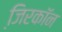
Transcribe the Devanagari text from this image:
जि़रकॉन